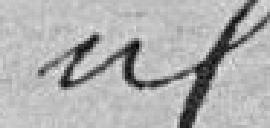
idem